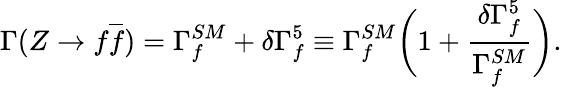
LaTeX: \Gamma(Z\rightarrow f\overline{{{f}}})=\Gamma_{f}^{SM}+\delta\Gamma_{f}^{5}\equiv\Gamma_{f}^{SM}\biggl(1+{\frac{\delta\Gamma_{f}^{5}}{\Gamma_{f}^{SM}}}\biggr).